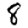
Digit: 8